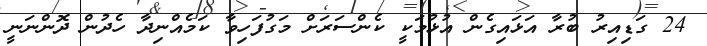
24 ގަޑިއިރު ބުރާ އަޅައިގެން އުޅުމަކީ ކެންސަރަށް މަގުފަހިވާ ކަމެއްނިދާ ހެދުން ދޮންނަނީ